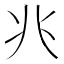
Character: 𫤬